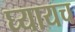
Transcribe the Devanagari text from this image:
घ्यायच